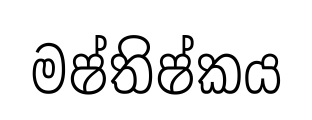
මෂ්තිෂ්කය